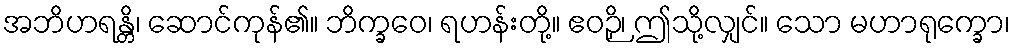
အဘိဟရန္တိ၊ ဆောင်ကုန်၏။ ဘိက္ခဝေ၊ ရဟန်းတို့။ ဧဝဉှိ၊ ဤသို့လျှင်။ သော မဟာရုက္ခော၊